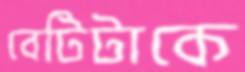
বেটিটাকে